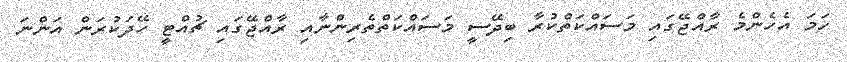
ހަމަ އެހެންމެ ރާއްޖޭގައި މަސައްކަތްކުރާ ބިދޭސީ މަސައްކަތްތެރިންނާއި ރާއްޖޭގައި ޗުއްޓީ ހޭދަކުރަން އަންނަ